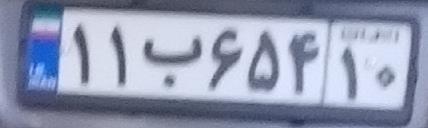
۱۱ب۶۵۴۱۰